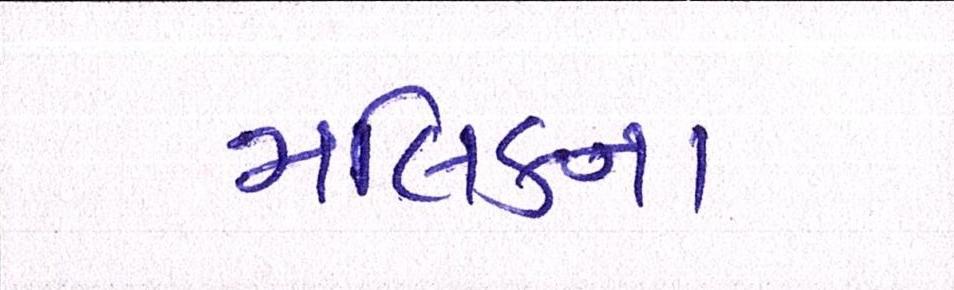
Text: મલિકના